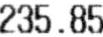
235.85